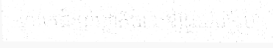
លោកជំរុញរដ្ឋាភិបាលឱ្យជួយបន្ថែម